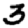
Digit: 3